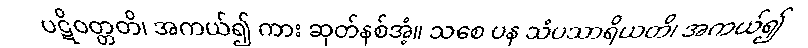
ပဋိဝတ္တတိ၊ အကယ်၍ ကား ဆုတ်နစ်အံ့။ သစေ ပန သံပသာရိယတိ၊ အကယ်၍